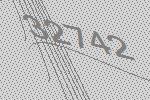
32742